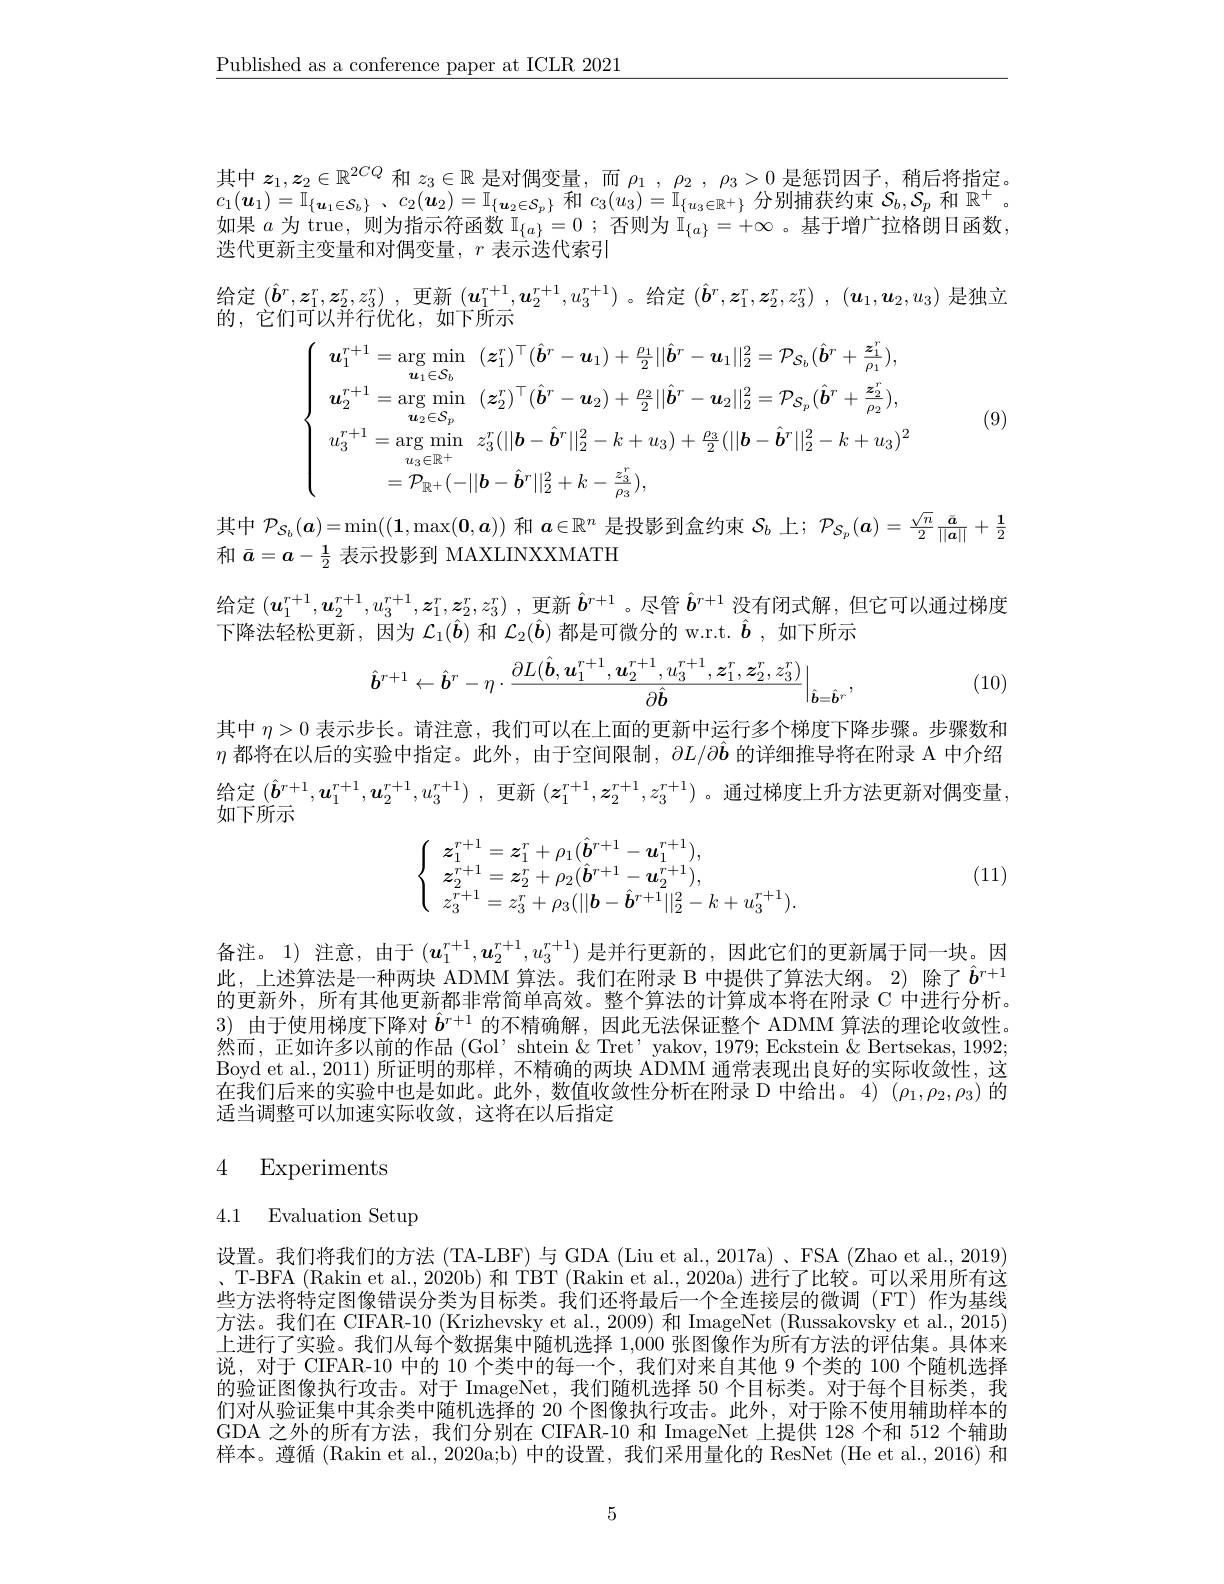
$\underline{\text{Published as a conference paper at ICLR 2021}}$

其中$z_1,z_2\in\mathbb{R}^{2CQ}$和$z_3\in\mathbb{R}$是对偶变量，而$\rho_1,\rho_2,\rho_3>0$是惩罚因子，稍后将指定。$c_{1}( \boldsymbol{u}_{1}) = \mathbb{I} _{\{ \boldsymbol{u}_{1}\in \mathcal{S} _{b}\} }$ , $c_{2}( \boldsymbol{u}_{2}) = \mathbb{I} _{\{ \boldsymbol{u}_{2}\in \mathcal{S} _{p}\} }$和$c_3(u_{3})=\mathbb{I}_{\{u_{3}\in\mathbb{R}^{+}\}}$分别捕获约束$\mathcal{S}_b,\mathcal{S}_{p}$和$\mathbb{R}^+$ 如果$a$为 true, 则为指示符函数$\mathbb{I}_{\{a\}}=0$ ; 否则为$\mathbb{I}_{\{a\}}=+\infty$ 。基于增广拉格朗日函数， 跌 代 更 新 主 变 量 和 对 偶 变 量 、 $r$表示洪代索引

给定$( \hat{\boldsymbol{b}} ^r, \boldsymbol{z}_1^r, \boldsymbol{z}_2^r, z_3^r)$ ,更新$(\boldsymbol u_1^{r+1},\boldsymbol{u}_2^{r+1},u_3^{r+1})$ 。给定$( \hat{\boldsymbol{b}} ^r, \boldsymbol{z}_1^r, \boldsymbol{z}_2^r, z_3^r)$ $, ( \boldsymbol{u}_1, \boldsymbol{u}_2, u_3)$是独立
的，它们可以并行优化，如下所示
(9)
$$\begin{aligned}&\boldsymbol{u}_{1}^{r+1}=\arg\min_{\boldsymbol{u}_{1}\in\mathcal{S}_{b}}\quad(\boldsymbol{z}_{1}^{r})^{\top}(\hat{\boldsymbol{b}}^{r}-\boldsymbol{u}_{1})+\frac{\rho_{1}}{2}||\hat{\boldsymbol{b}}^{r}-\boldsymbol{u}_{1}||_{2}^{2}=\mathcal{P}_{\mathcal{S}_{b}}(\hat{\boldsymbol{b}}^{r}+\frac{\boldsymbol{z}_{1}^{r}}{\rho_{1}}),\\&\boldsymbol{u}_{2}^{r+1}=\arg\min_{\boldsymbol{u}_{2}\in\mathcal{S}_{p}}\quad(\boldsymbol{z}_{2}^{r})^{\top}(\hat{\boldsymbol{b}}^{r}-\boldsymbol{u}_{2})+\frac{\rho_{2}}{2}||\hat{\boldsymbol{b}}^{r}-\boldsymbol{u}_{2}||_{2}^{2}=\mathcal{P}_{\mathcal{S}_{p}}(\hat{\boldsymbol{b}}^{r}+\frac{\boldsymbol{z}_{2}^{r}}{\rho_{2}}),\\&u_{3}^{r+1}=\arg\min_{u_{3}\in\mathbb{R}^{+}}z_{3}^{r}(||\boldsymbol{b}-\hat{\boldsymbol{b}}^{r}||_{2}^{2}-k+u_{3})+\frac{\rho_{3}}{2}(||\boldsymbol{b}-\hat{\boldsymbol{b}}^{r}||_{2}^{2}-k+u_{3})^{2}\\&=\mathcal{P}_{\mathbb{R}^{+}}(-||\boldsymbol{b}-\hat{\boldsymbol{b}}^{r}||_{2}^{2}+k-\frac{z_{3}^{r}}{\rho_{3}}),\end{aligned}$$
其中$\mathcal{P}_{S_b}(\boldsymbol{a})=\min((\mathbf{1},\max(\boldsymbol{0},\boldsymbol{a}))$和$\boldsymbol{a}\in\mathbb{R}^n$是投影到盒约束$S_b$上；$\mathcal{P}_{S_p}(\boldsymbol{a})=\frac{\sqrt{n}}2\frac{\bar{\boldsymbol{a}}}{||\boldsymbol{a}||}+\frac12$
和$\bar{a}=a-\frac12$表示投影到 MAXLINXXMATH

给定$(u_1^{r+1},u_2^{r+1},u_3^{r+1},z_1^r,z_2^r,z_3^r)$ ,更新$\hat{\boldsymbol{b}}^{r+1}$ 。尽管$\hat{\boldsymbol{b}}^{r+1}$没有闭式解，但它可以通过梯度
下降法轻松更新，因为$\mathcal{L}_1(\hat{\boldsymbol{b}})$和$\mathcal{L}_2(\hat{\boldsymbol{b}})$都是可微分的 w.r.t. $\hat{\boldsymbol{b}}$,如下所示
$$\hat{\boldsymbol{b}}^{r+1}\leftarrow\hat{\boldsymbol{b}}^{r}-\eta\cdot\frac{\partial L(\hat{\boldsymbol{b}},\boldsymbol{u}_{1}^{r+1},\boldsymbol{u}_{2}^{r+1},u_{3}^{r+1},\boldsymbol{z}_{1}^{r},\boldsymbol{z}_{2}^{r},z_{3}^{r})}{\partial\hat{\boldsymbol{b}}}\Big|_{\hat{\boldsymbol{b}}=\hat{\boldsymbol{b}}^{r}},$$
(10)

其中$\eta>0$表示步长。请注意，我们可以在上面的更新中运行多个梯度下降步骤。步骤数和$\eta$都将在以后的实验中指定。此外，由于空间限制，$\partial L/\partial\ddot{\boldsymbol{b}}$的详细推导将在附录 A 中介绍给定$( \hat{\boldsymbol{b}} ^{r+ 1}, \boldsymbol{u}_1^{r+ 1}, \boldsymbol{u}_2^{r+ 1}, u_3^{r+ 1})$ ,更新$(z_1^r+1,z_2^{r+1},z_3^{r+1})$ 。通过梯度上升方法更新对偶变量： 如下所示

(11)
$$\left\{\begin{array}{ll}\boldsymbol{z}_1^{r+1}=\boldsymbol{z}_1^r+\rho_1(\hat{\boldsymbol{b}}^{r+1}-\boldsymbol{u}_1^{r+1}),\\\boldsymbol{z}_2^{r+1}=\boldsymbol{z}_2^r+\rho_2(\hat{\boldsymbol{b}}^{r+1}-\boldsymbol{u}_2^{r+1}),\\z_3^{r+1}=z_3^r+\rho_3(||\boldsymbol{b}-\hat{\boldsymbol{b}}^{r+1}||_2^2-k+u_3^{r+1}).\end{array}\right.$$
备注。1) 注意，由于$(u_1^{r+1},u_2^{r+1},u_3^{r+1})$是并行更新的 ,因此它们的更新属于同一块。因此，上述算法是一种两块 ADMM 算法。我们在附录 B 中提供了算法大纲。2)除了$\hat{\boldsymbol{b}}^{r+1}$ 的更新外，所有其他更新都非常简单高效。整个算法的计算成本将在附录 C 中进行分析。3)由于使用梯度下降对$\hat{\boldsymbol{b}}^{r+1}$的不精确解，因此无法保证整个 ADMM 算法的理论收敛性。然而，正如许多以前的作品(Gol'shtein~$\&~Tret'yakov,~1979;~Eckstein~\&~Bertsekas,~1992;$ Boyd et al., 2011) 所证明的那样，不精确的两块 ADMM 通常表现出良好的实际收敛性，这在我们后来的实验中也是如此。此外，数值收敛性分析在附录 D 中给出。4) $(\rho_1,\rho_2,\rho_3)$的适当调整可以加速实际收敛，这将在以后指定

# 4 Experiments

4.1 Evaluation Setup

设置。我们将我们的方法 (TA-LBF) 与 GDA (Liu et al., 2017a) 、FSA (Zhao et al., 2019) 、T-BFA (Rakin et al., 2020b) 和 TBT (Rakin et al., 2020a) 进行了比较。可以采用所有这些方法将特定图像错误分类为目标类。我们还将最后一个全连接层的微调 (FT) 作为基线方法。我们在 CIFAR-10 (Krizhevsky et al., 2009) 和 ImageNet (Russakovsky et al., 2015) 上进行了实验。我们从每个数据集中随机选择 1,000 张图像作为所有方法的评估集。具体来说，对于 CIFAR-10 中的 10 个类中的每一个，我们对来自其他 9 个类的 100 个随机选择的验证图像执行攻击。对于 ImageNet, 我们随机选择 50 个目标类。对于每个目标类，我们对从验证集中其余类中随机选择的 20 个图像执行攻击。此外，对于除不使用辅助样本的GDA 之外的所有方法，我们分别在 CIFAR-10 和 ImageNet 上提供 128 个和 512 个辅助样本。遵循 (Rakin et al., 2020a;b) 中的设置，我们采用量化的 ResNet (He et al., 2016) 和

5